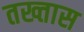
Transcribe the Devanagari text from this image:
तख्तास